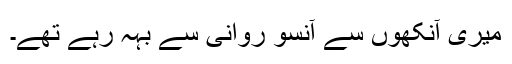
میری آنکھوں سے آنسو روانی سے بہہ رہے تھے۔